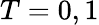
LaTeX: T=0,1